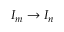
I _ { m } \to I _ { n }